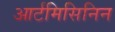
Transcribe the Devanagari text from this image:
आर्टमिसिनिन